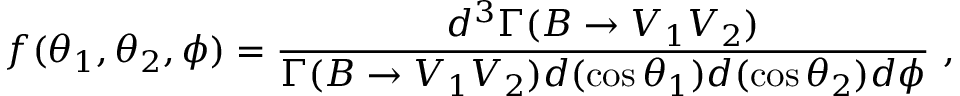
f ( \theta _ { 1 } , \theta _ { 2 } , \phi ) = \frac { d ^ { 3 } \Gamma ( B \rightarrow V _ { 1 } V _ { 2 } ) } { \Gamma ( B \rightarrow V _ { 1 } V _ { 2 } ) d { ( \cos \theta _ { 1 } ) } d { ( \cos \theta _ { 2 } ) } d \phi } \ ,